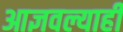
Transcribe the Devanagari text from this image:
आज्ञवल्याही